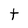
Character: t